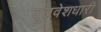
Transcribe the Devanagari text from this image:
दूतवेशधारी